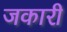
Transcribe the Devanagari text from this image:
जकारी